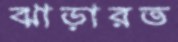
ঝাড়ারত